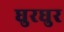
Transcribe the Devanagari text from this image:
घुरघुर